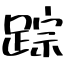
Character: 踪